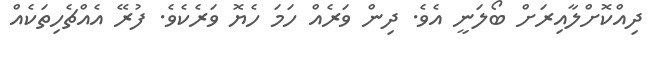
ދިއްކޮށްލާއިރަށް ބޯލަނީ އެވެ. ދިން ވަރެއް ހަމަ ހެޔޮ ވަރެކެވެ. ފުރޭ އެއްޗެހިތަކެއް